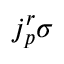
j _ { p } ^ { r } \sigma